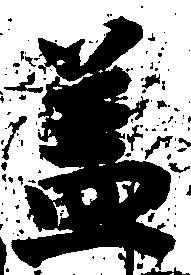
蓋